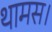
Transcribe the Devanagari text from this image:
थामस।